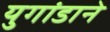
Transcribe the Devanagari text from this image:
युगांडाने